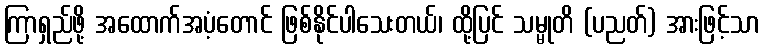
ကြာရှည်ဖို့ အထောက်အပံ့တောင် ဖြစ်နိုင်ပါသေးတယ်၊ ထို့ပြင် သမ္မုတိ (ပညတ်) အားဖြင့်သာ